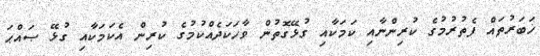
ޚަބަރުތައް ފެތުރުމުގެ ކުރިންނާއި ކަމަކާއި ގުޅޭގޮތުން ވާހަކަދެއްްކުމުގެ ކުރިން އެކަމަކާއި ގުޅޭ ޞައްޙަ